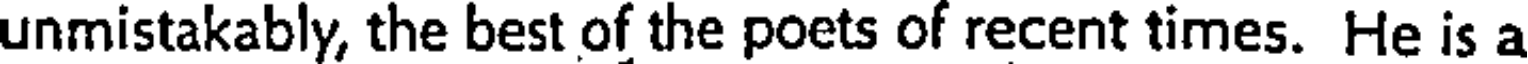
unmistakably, the best of the poets of recent times. He is a